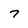
Character: 7